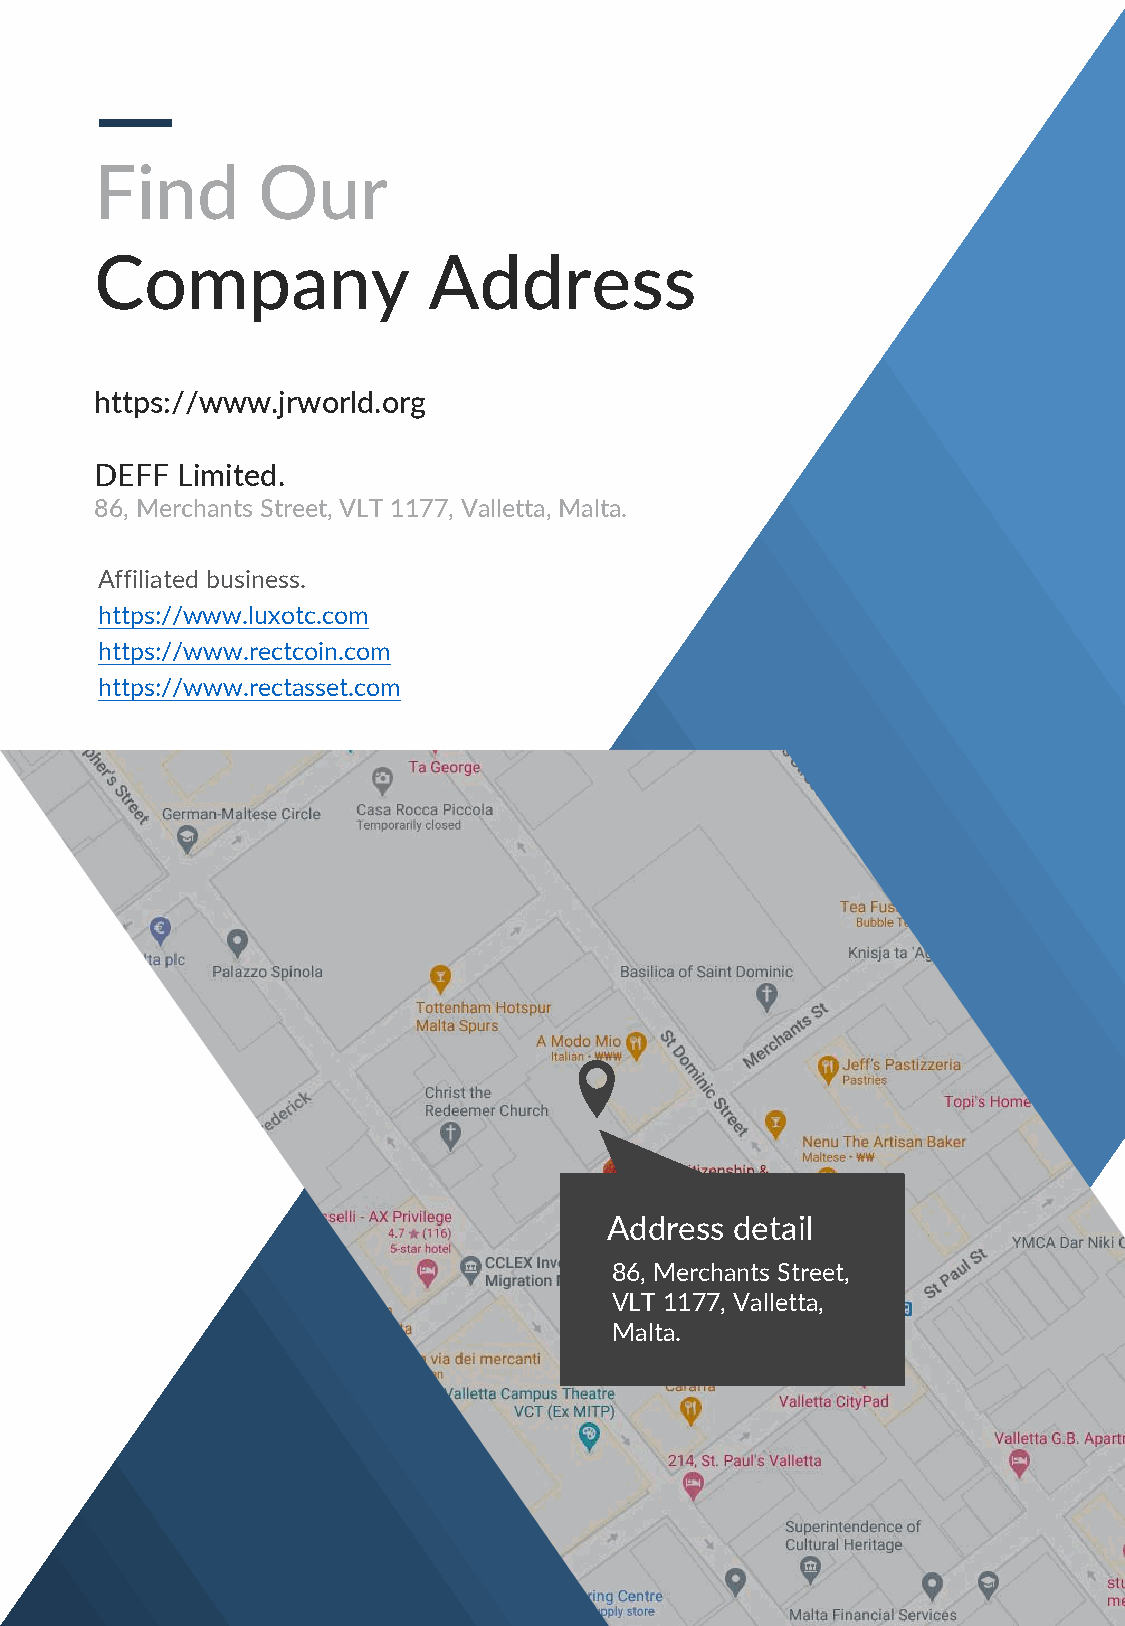
38
 Find       Our
 Company               Address
 https://www.jrworld.org
 DEFF  Limited.
 86, Merchants Street, VLT 1177, Valletta, Malta.
 Affiliated business.
 https://www.luxotc.com
 https://www.rectcoin.com
 w
 https://www.rectasset.com                                       w
 w
 .
 j
 r
 w
 o
 r
 l
 d
 .
 o
 r
 g
 Address  detail
 86, Merchants Street,
 VLT 1177, Valletta,
 Malta.
 J R W O R L D